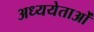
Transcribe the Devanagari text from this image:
अध्ययेताओं